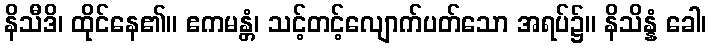
နိသီဒိ၊ ထိုင်နေ၏။ ဧကမန္တံ၊ သင့်တင့်လျောက်ပတ်သော အရပ်၌။ နိသိန္နံ ခေါ၊